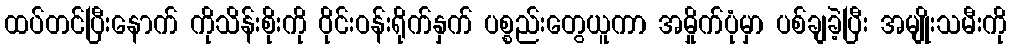
ထပ်တင်ပြီးနောက် ကိုသိန်းစိုးကို ဝိုင်းဝန်းရိုက်နှက် ပစ္စည်းတွေယူကာ အမှိုက်ပုံမှာ ပစ်ချခဲ့ပြီး အမျိုးသမီးကို